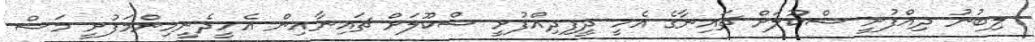
ލިބުނު ދިއްފުށީ ސްކޫލަށް ޗައިނާގެ އެހީ ދީފިދިއްފުށީ ސްކޫލަށް ޗައިނާއިން އެހީދެނީހިންމަފުށީ މަސް